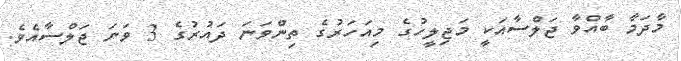
މާދަމާ ބާއްވާ ޖަލްސާއަކީ މަޖިލީހުގެ މިއަހަރުގެ ތިންވަނަ ދައުރުގެ 3 ވަނަ ޖަލްސާއެވެ.